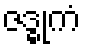
ဇဒ္ဓုကံ